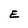
Character: E